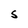
Character: S